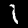
Digit: 1